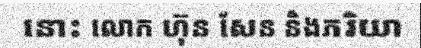
នោះ លោក ហ៊ុន សែន និងភរិយា